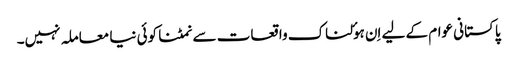
پاکستانی عوام کے لیے اِن ہوٴلناک واقعات سے نمٹنا کوئی نیا معاملہ نہیں۔